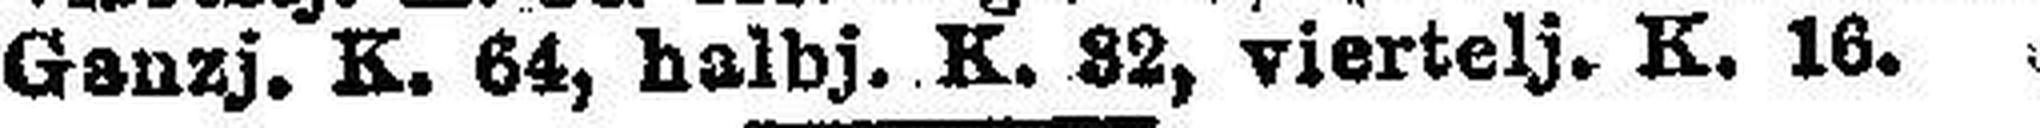
Ganzj. K. 64, halbj. K. 82, viertelj. K. 16.